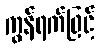
ကွန်ရက်ဖြင့်